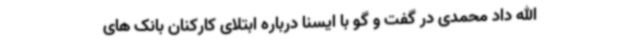
الله داد محمدی در گفت و گو با ایسنا درباره ابتلای کارکنان بانک های